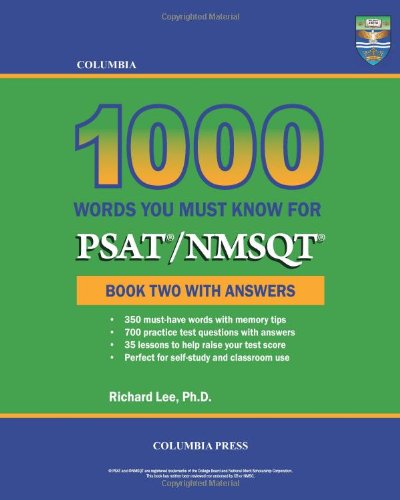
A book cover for Columbia 1000 Words You Must Know for PSAT/NMSQT: Book Two with Answers (Volume 2); Richard Lee Ph.D.; Test Preparation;